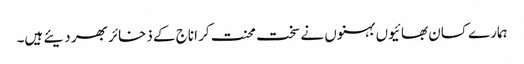
ہمارے کسان بھائیوں بہنوں نے سخت محنت کر اناج کے ذخائر بھر دیئے ہیں۔